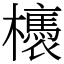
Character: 𣟊